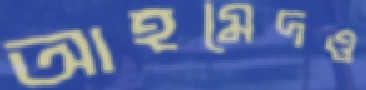
আহমেদও